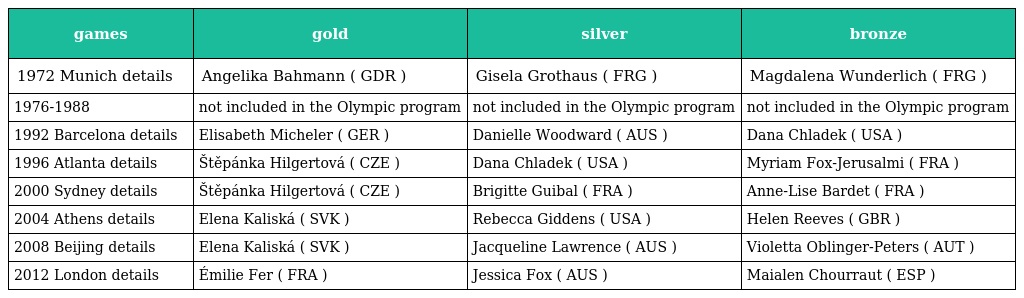
| games | gold | silver | bronze |
 | --- | --- | --- | --- |
 | 1972 Munich details | Angelika Bahmann ( GDR ) | Gisela Grothaus ( FRG ) | Magdalena Wunderlich ( FRG ) |
 | 1976-1988 | not included in the Olympic program | not included in the Olympic program | not included in the Olympic program |
 | 1992 Barcelona details | Elisabeth Micheler ( GER ) | Danielle Woodward ( AUS ) | Dana Chladek ( USA ) |
 | 1996 Atlanta details | Štěpánka Hilgertová ( CZE ) | Dana Chladek ( USA ) | Myriam Fox-Jerusalmi ( FRA ) |
 | 2000 Sydney details | Štěpánka Hilgertová ( CZE ) | Brigitte Guibal ( FRA ) | Anne-Lise Bardet ( FRA ) |
 | 2004 Athens details | Elena Kaliská ( SVK ) | Rebecca Giddens ( USA ) | Helen Reeves ( GBR ) |
 | 2008 Beijing details | Elena Kaliská ( SVK ) | Jacqueline Lawrence ( AUS ) | Violetta Oblinger-Peters ( AUT ) |
 | 2012 London details | Émilie Fer ( FRA ) | Jessica Fox ( AUS ) | Maialen Chourraut ( ESP ) |